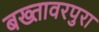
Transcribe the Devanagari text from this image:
बख्तावरपुरा